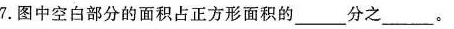
7图中空白部分的面积占正方形面积的___分之__。